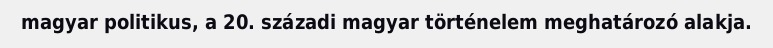
magyar politikus, a 20. századi magyar történelem meghatározó alakja.